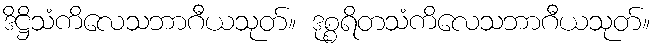
ဒိဋ္ဌိသံကိလေသဘာဂီယသုတ်။ ဒုစ္စရိတသံကိလေသဘာဂီယသုတ်။